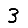
Digit: 3